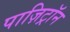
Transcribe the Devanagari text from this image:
पाज़िट्रॉन